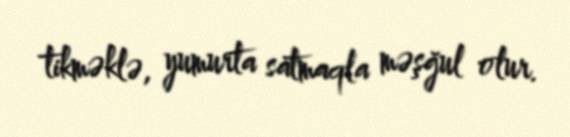
tikməklə, yumurta satmaqla məşğul olur.